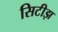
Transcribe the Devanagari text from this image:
सिटीझ